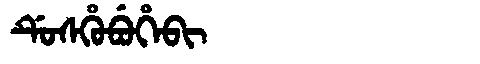
Manchu: ᡩᡠᠰᡥᡠᠪᡠᡥᡝᠪᡳ
Romanization: DUSHUBUHEBI